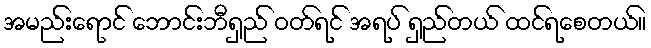
အမည်းရောင် ဘောင်းဘီရှည် ဝတ်ရင် အရပ် ရှည်တယ် ထင်ရစေတယ်။